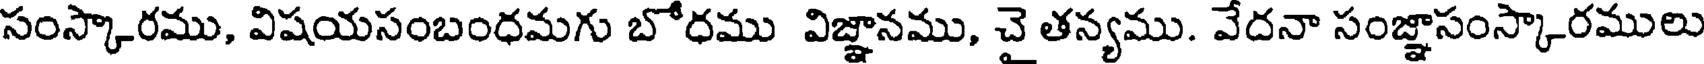
సంస్కారము, విషయసంబంధమగు బోధము విజ్ఞానము, చై తన్యము. వేదనా సంజ్ఞాసంస్కారములు